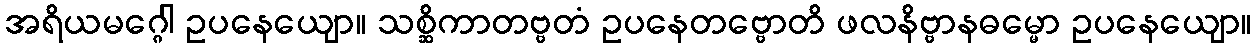
အရိယမဂ္ဂေါ ဥပနေယျော။ သစ္ဆိကာတဗ္ဗတံ ဥပနေတဗ္ဗောတိ ဖလနိဗ္ဗာနဓမ္မော ဥပနေယျော။